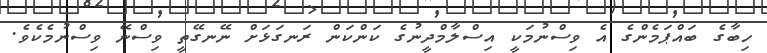
ހިބާގެ ބައްޕަމެންގެ އެ ވިސްނުމަކީ އިސްލާމްދީނުގެ ކަންކަން ރަނގަޅަށް ނޭނގޭތީ ވިސްނޭ ވިސްނުމެކެވެ.